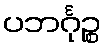
ပဘင်္ဂုဉ္စ